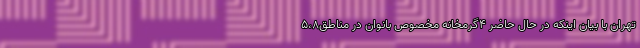
تهران با بیان اینکه در حال حاضر ۴گرمخانه مخصوص بانوان در مناطق۵،۸